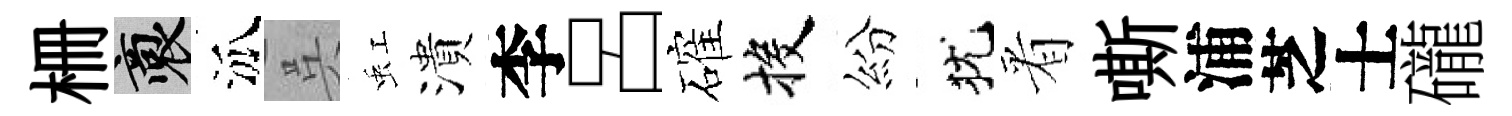
栅裔泒呉虹潰李呂確投紛犹㸔嘶浦芝士礲